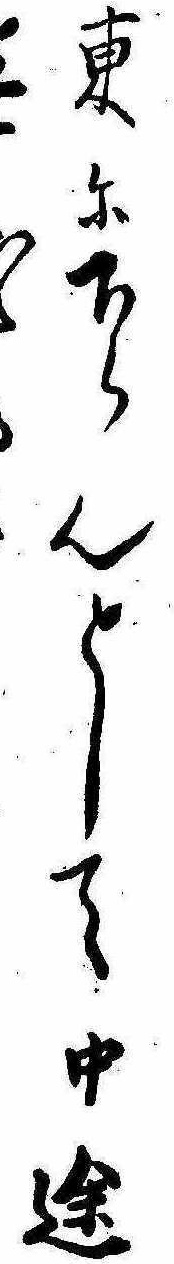
東に下らんとして中途